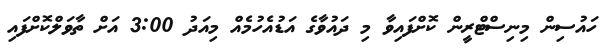
ހައުސިން މިނިސްޓްރީން ކޮށްފައިވާ މި ދައުވާގެ އަޑުއެހުމެއް މިއަދު 3:00 އަށް ތާވަލްކޮށްފައި